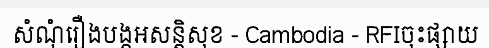
សំណុំរឿងបង្កអសន្តិសុខ - Cambodia - RFIចុះផ្សាយ